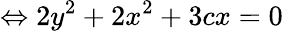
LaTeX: \Leftrightarrow 2y^{2}+2x^{2}+3cx=0